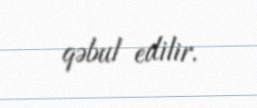
qəbul edilir.